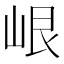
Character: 𡷐